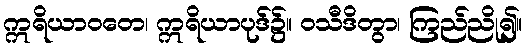
ဣရိယာဝတေ၊ ဣရိယာပုဒ်၌။ ဝသီဒိတွာ၊ ကြည်ညို၍။